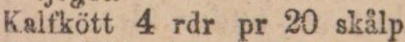
Kalfkött 4 rdr pr 20 skålp.